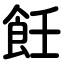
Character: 飪